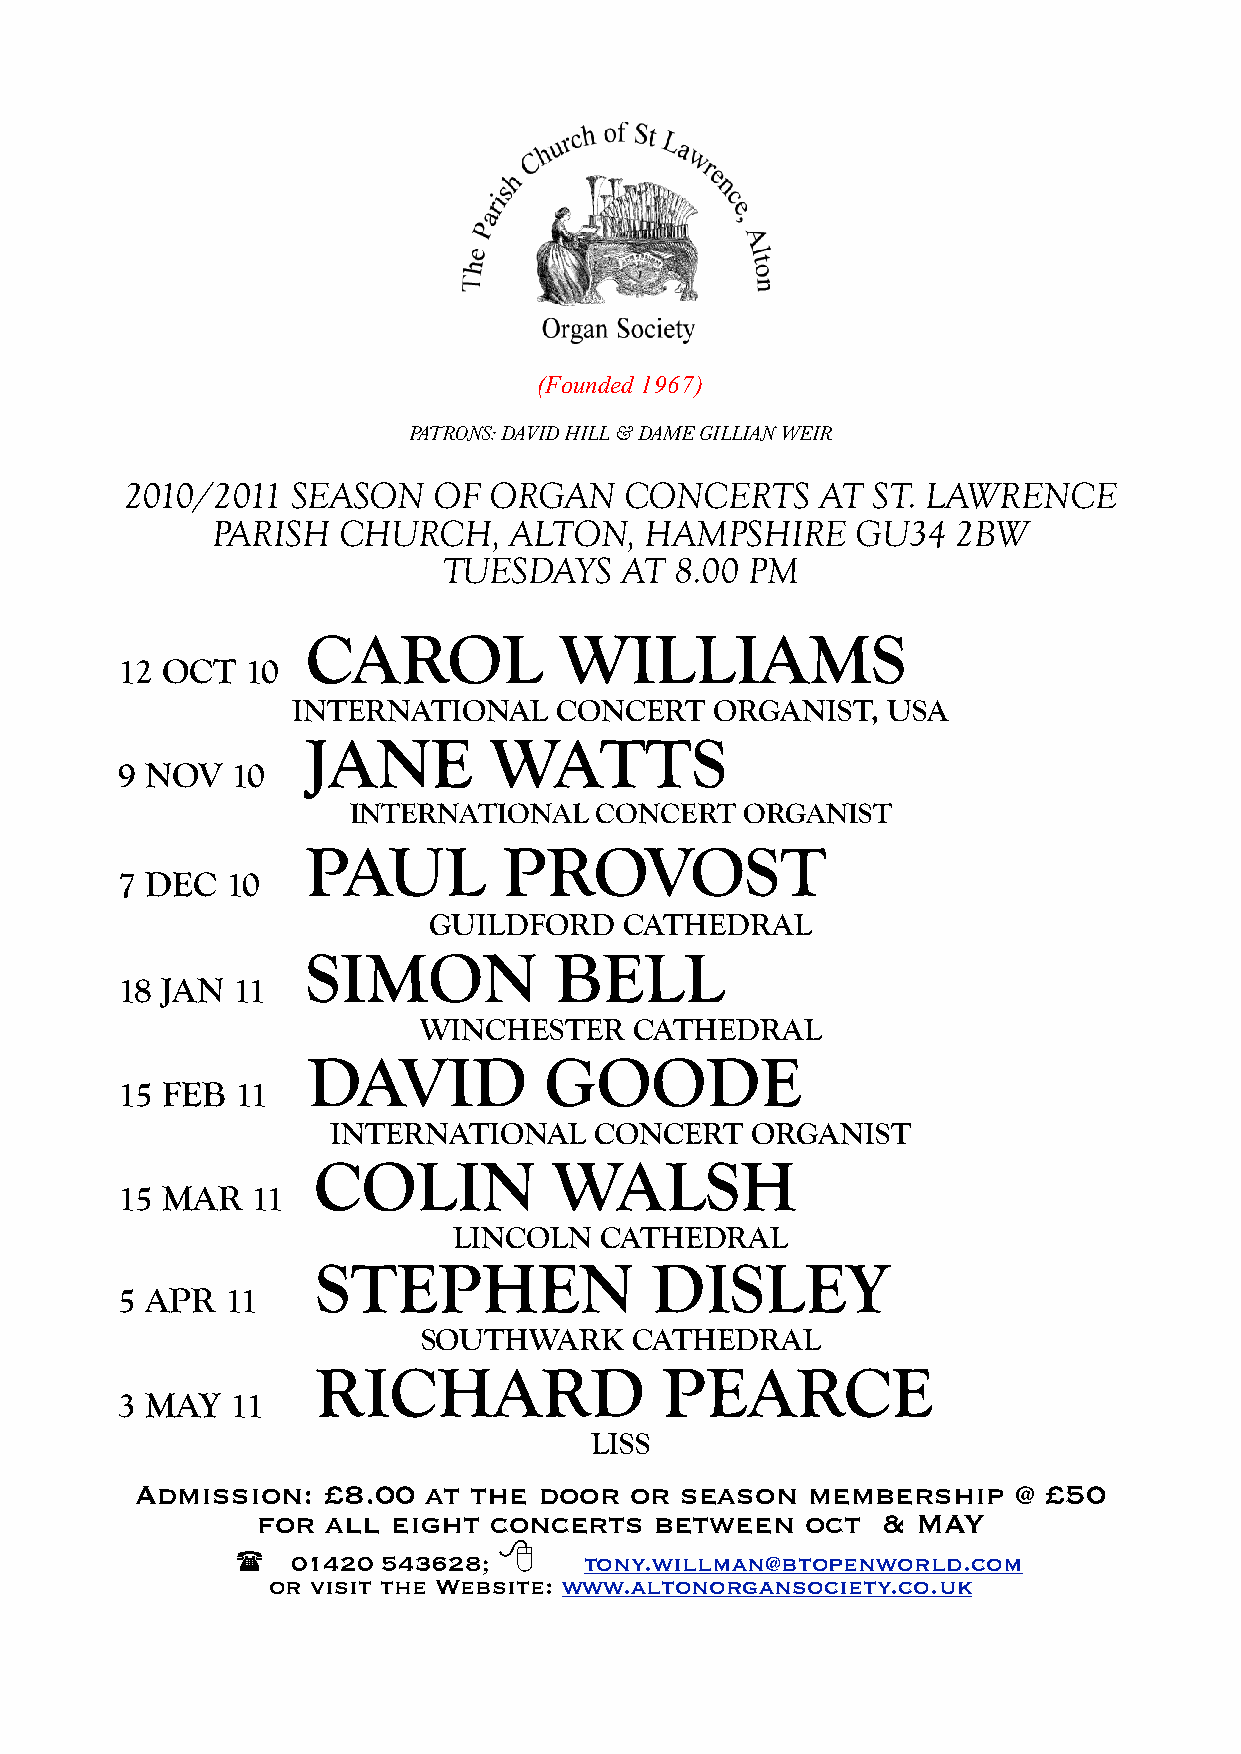
(Founded 1967)
 PATRONS: DAVID HILL & DAME GILLIAN WEIR
 2010/2011  SEASON    OF ORGAN    CONCERTS     AT  ST. LAWRENCE
 PARISH  CHURCH,     ALTON,   HAMPSHIRE     GU34  2BW
 TUESDAYS    AT  8.00 PM
 CAROL            WILLIAMS
 12 OCT  10
 INTERNATIONAL     CONCERT   ORGANIST,   USA
 JANE        WATTS
 9 NOV  10
 INTERNATIONAL   CONCERT   ORGANIST
 PAUL         PROVOST
 7 DEC  10
 GUILDFORD    CATHEDRAL
 SIMON            BELL
 18 JAN 11
 WINCHESTER    CATHEDRAL
 DAVID           GOODE
 15 FEB  11
 INTERNATIONAL    CONCERT    ORGANIST
 COLIN           WALSH
 15 MAR   11
 LINCOLN   CATHEDRAL
 STEPHEN               DISLEY
 5 APR  11
 SOUTHWARK     CATHEDRAL
 RICHARD                PEARCE
 3 MAY  11
 LISS
 Admission:  £8.00  at the  door  or season  membership    @ £50
 for  all eight concerts   between   oct  &  MAY
 
   01420 543628;       tony.willman@btopenworld.com
 or visit the Website: www.altonorgansociety.co.uk